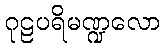
ဂုဠပရိမဏ္ဍလော